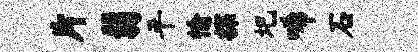
片翡平愉探圯唏石